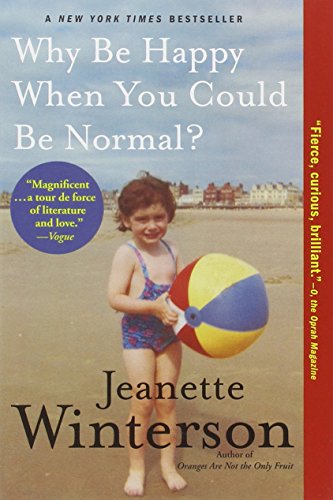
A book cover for Why Be Happy When You Could Be Normal?; Jeanette Winterson; Gay & Lesbian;